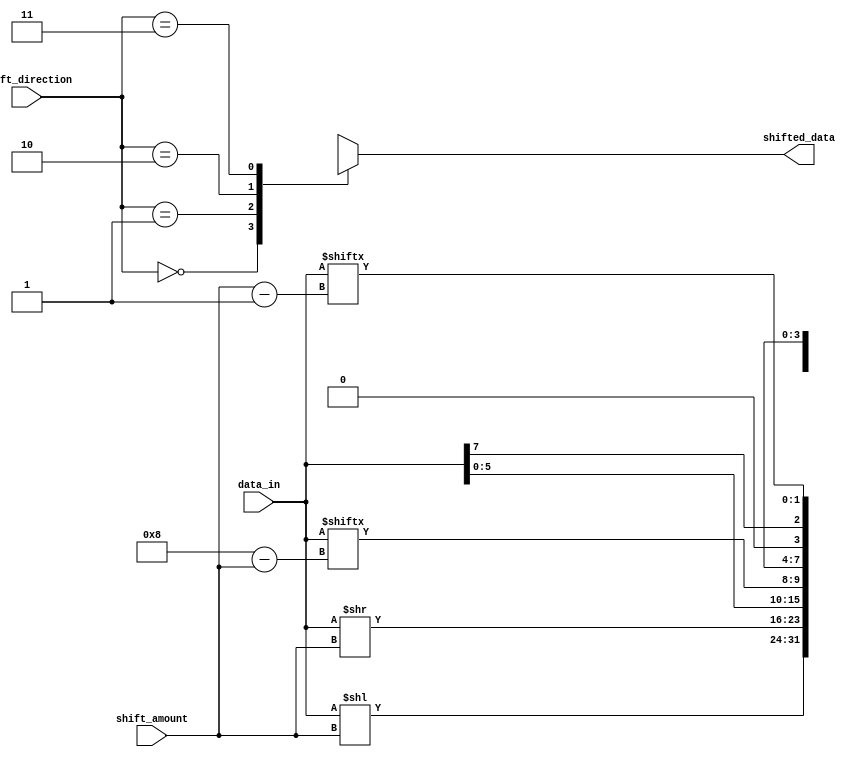
module circular_barrel_shifter (
  input wire [7:0] data_in,
  input wire [2:0] shift_amount,
  input wire [1:0] shift_direction,
  output reg [7:0] shifted_data
);

always @* begin
  case (shift_direction)
    2'b00: shifted_data = data_in << shift_amount; // Left shift
    2'b01: shifted_data = data_in >> shift_amount; // Right shift
    2'b10: shifted_data = {data_in[7-shift_amount:0], data_in[7:8-shift_amount]}; // Rotate left
    2'b11: shifted_data = {data_in[shift_amount-1:7], data_in[0:shift_amount-1]}; // Rotate right
  endcase
end

endmodule